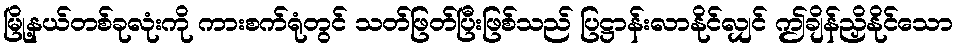
မြို့နယ်တစ်ခုလုံးကို ကားစက်ရုံတွင် သတ်ဖြတ်ပြီးဖြစ်သည် ပြဋ္ဌာန်းလာနိုင်လျှင် ဤချိန်ညှိနိုင်သော